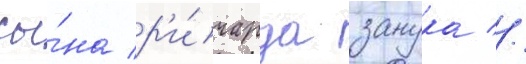
сы́на р'и́чарда занука //